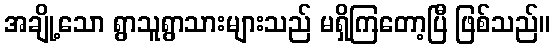
အချို့သော ရွာသူရွာသားများသည် မရှိကြတော့ပြီ ဖြစ်သည်။